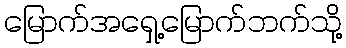
မြောက်အရှေ့မြောက်ဘက်သို့